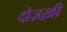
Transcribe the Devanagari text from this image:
दोज़ख़ी